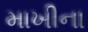
માખીના